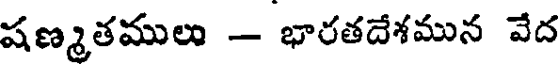
షణ్మతములు - భారతదేశమున వేద